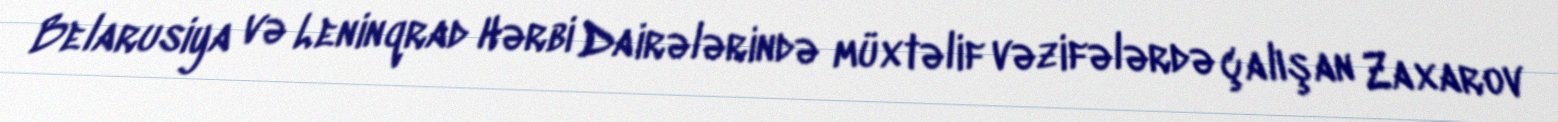
Belarusiya və Leninqrad Hərbi Dairələrində müxtəlif vəzifələrdə çalışan Zaxarov